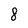
Character: 8